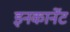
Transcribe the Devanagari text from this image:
इनकार्नेट